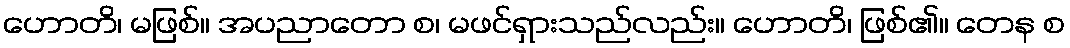
ဟောတိ၊ မဖြစ်။ အပညာတော စ၊ မဖင်ရှားသည်လည်း။ ဟောတိ၊ ဖြစ်၏။ တေန စ